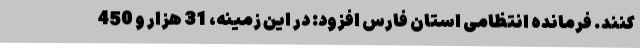
کنند. فرمانده انتظامی استان فارس افزود: در این زمینه، 31 هزار و 450